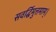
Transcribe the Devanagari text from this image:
सवर्द्धिमुत्तमाम्‌।